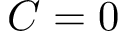
C = 0